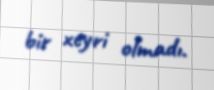
bir xeyri olmadı.